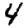
Digit: 4